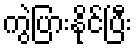
ကွဲပြားနိုင်ပြီး